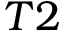
{ T 2 }